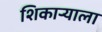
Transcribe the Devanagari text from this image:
शिकाऱ्याला